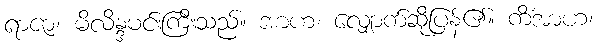
ရာဇာ၊ မိလိန္ဒမင်းကြီးသည်။ အာဟ၊ လျှောက်ဆိုပြန်၏။ ကိံအာဟ၊